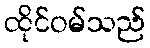
ထိုင်ဝမ်သည်